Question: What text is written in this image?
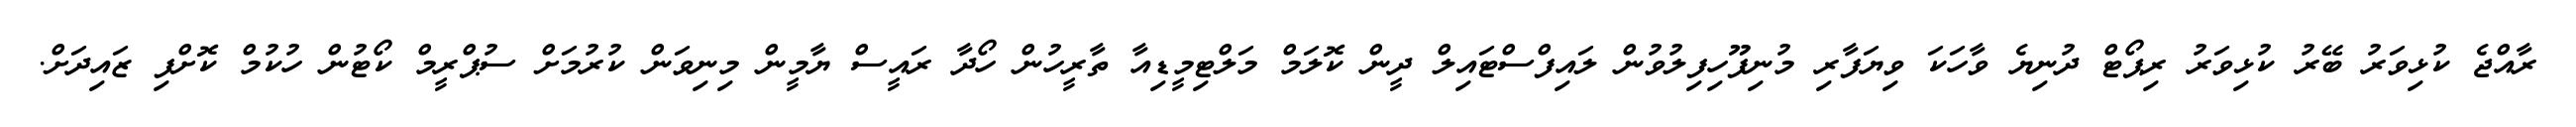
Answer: ރާއްޖެ ކުޅިވަރު ބޭރު ކުޅިވަރު ރިޕޯޓް ދުނިޔެ ވާހަކަ ވިޔަފާރި މުނިފޫހިފިލުވުން ލައިފްސްޓައިލް ދީން ކޮލަމް މަލްޓިމީޑިއާ ތާރީހުން ހޯދާ ރައީސް ޔާމީން މިނިވަން ކުރުމަށް ސުޕްރީމް ކޯޓުން ހުކުމް ކޮށްފި ޒައިދަށް.